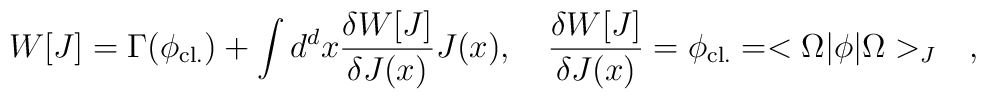
W[J] = \Gamma (\phi_{\rm cl.}) + \int d^d x     {{\delta W[J]}\over{\delta J(x)}} J(x)  , \quad  {{\delta W[J]}\over{\delta J(x)}} = \phi_{\rm cl.} =      <\Omega | \phi |\Omega>_J  \quad ,